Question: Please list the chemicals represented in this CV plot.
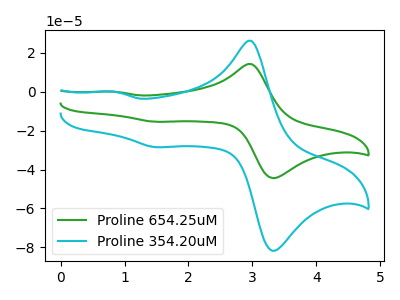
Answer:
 <answer>The green curve is labeled "Proline 654.25uM". The cyan curve is labeled "Proline 354.20uM".</answer>
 <eval></eval>